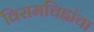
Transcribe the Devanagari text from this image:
विरामचिह्नांचा